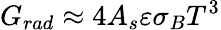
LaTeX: G_{rad}\approx 4A_{s}\varepsilon\sigma_{B}T^{3}